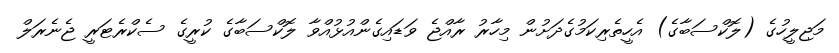
މަޖިލީހުގެ (ލޮކްސަބާގެ) އެހީތެރިކަމުގެދަށުން މިހާރު ރާއްޖެ ވަޑައިގެންއުޅުއްވާ ލޮކްސަބާގެ ކުރީގެ ސެކްރެޓަރީ ޖެނެރަލް